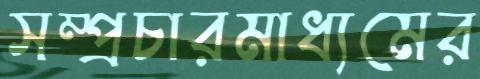
সম্প্রচারমাধ্যমের